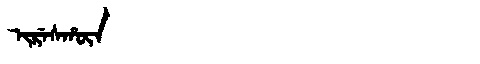
Manchu: ᡳᡵᡝᠰᡥᡡᠨ
Romanization: IRESHŪN